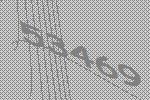
53469